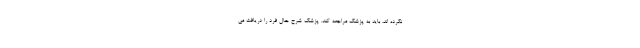
نکرده اند، باید به پزشک مراجعه کند. پزشک شرح حال فرد را دریافت می